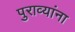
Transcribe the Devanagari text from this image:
पुराव्यांना